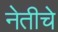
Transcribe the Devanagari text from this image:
नेतीचे